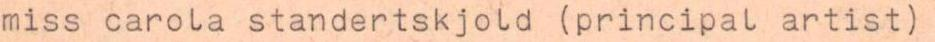
miss carola standertskjold (principal artist)